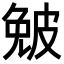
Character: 𤿯